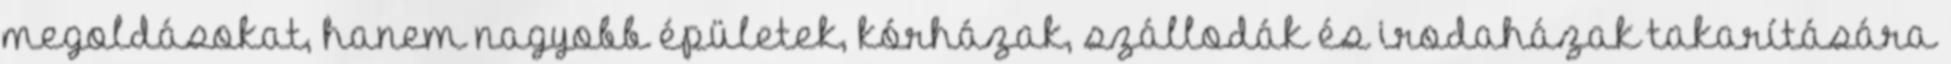
megoldásokat, hanem nagyobb épületek, kórházak, szállodák és irodaházak takarítására